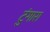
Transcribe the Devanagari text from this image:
टुंगारा